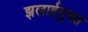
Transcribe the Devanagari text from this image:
झलाईयुक्त